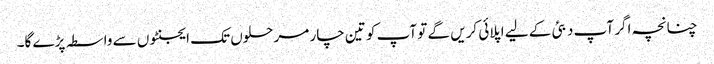
چنانچہ اگر آپ دبئی کے لیے اپلائی کریں گے تو آپ کو تین چار مرحلوں تک ایجنٹوں سے واسطہ پڑے گا۔